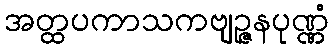
အတ္ထပကာသကဗျဉ္ဇနပုဏ္ဏံ